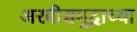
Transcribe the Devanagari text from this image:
अरबीसमुद्राच्या